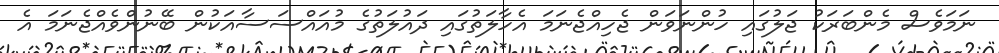
ނަމަވެސް މެންބަރަކު ޖަލުގައި ހުންނަވަން ޖެހިއްޖެނަމަ އެހާލަތުގައި ދައުލަތުގެ މުއައްސަސާއަކުން ބޭނުންވެއްޖެނަމަ އެ